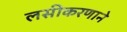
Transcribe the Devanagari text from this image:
लसीकरणाने